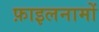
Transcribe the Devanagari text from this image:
फ़ाइलनामों